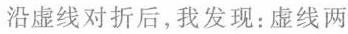
沿虚线对折后，我发现：虚线两